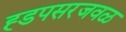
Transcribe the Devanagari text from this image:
ह्डपसरजवळ